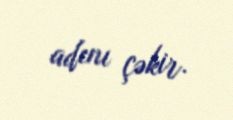
adını çəkir.